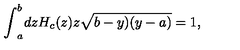
{ \int } _ { a } ^ { b } d z H _ { c } ( z ) z \sqrt { b - y ) ( y - a ) } = 1 ,